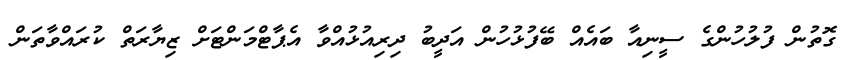
ގޮތުން ފުލުހުންގެ ސީނިއާ ބައެއް ބޭފުޅުހުން އަދީބު ދިރިއުޅުއްވާ އެޕާޓްމަންޓަށް ޒިޔާރަތް ކުރައްވާތަން